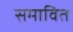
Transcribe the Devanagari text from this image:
समावित